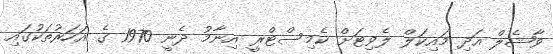
ވާޝެލް އަދި މައިކަލް ލެވިޓަށް ކެމިސްޓްރީ އިނާމު ދެނީ 1970 ގެ އަހަރުތަކުގައި